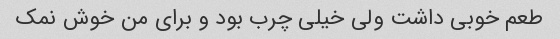
طعم خوبی داشت ولی خیلی چرب بود و برای من خوش نمک